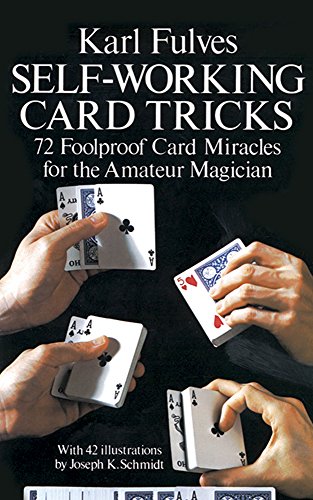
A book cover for Self-Working Card Tricks (Dover Magic Books); Karl Fulves; Humor & Entertainment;